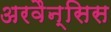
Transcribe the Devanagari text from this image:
अरवैन्सिस